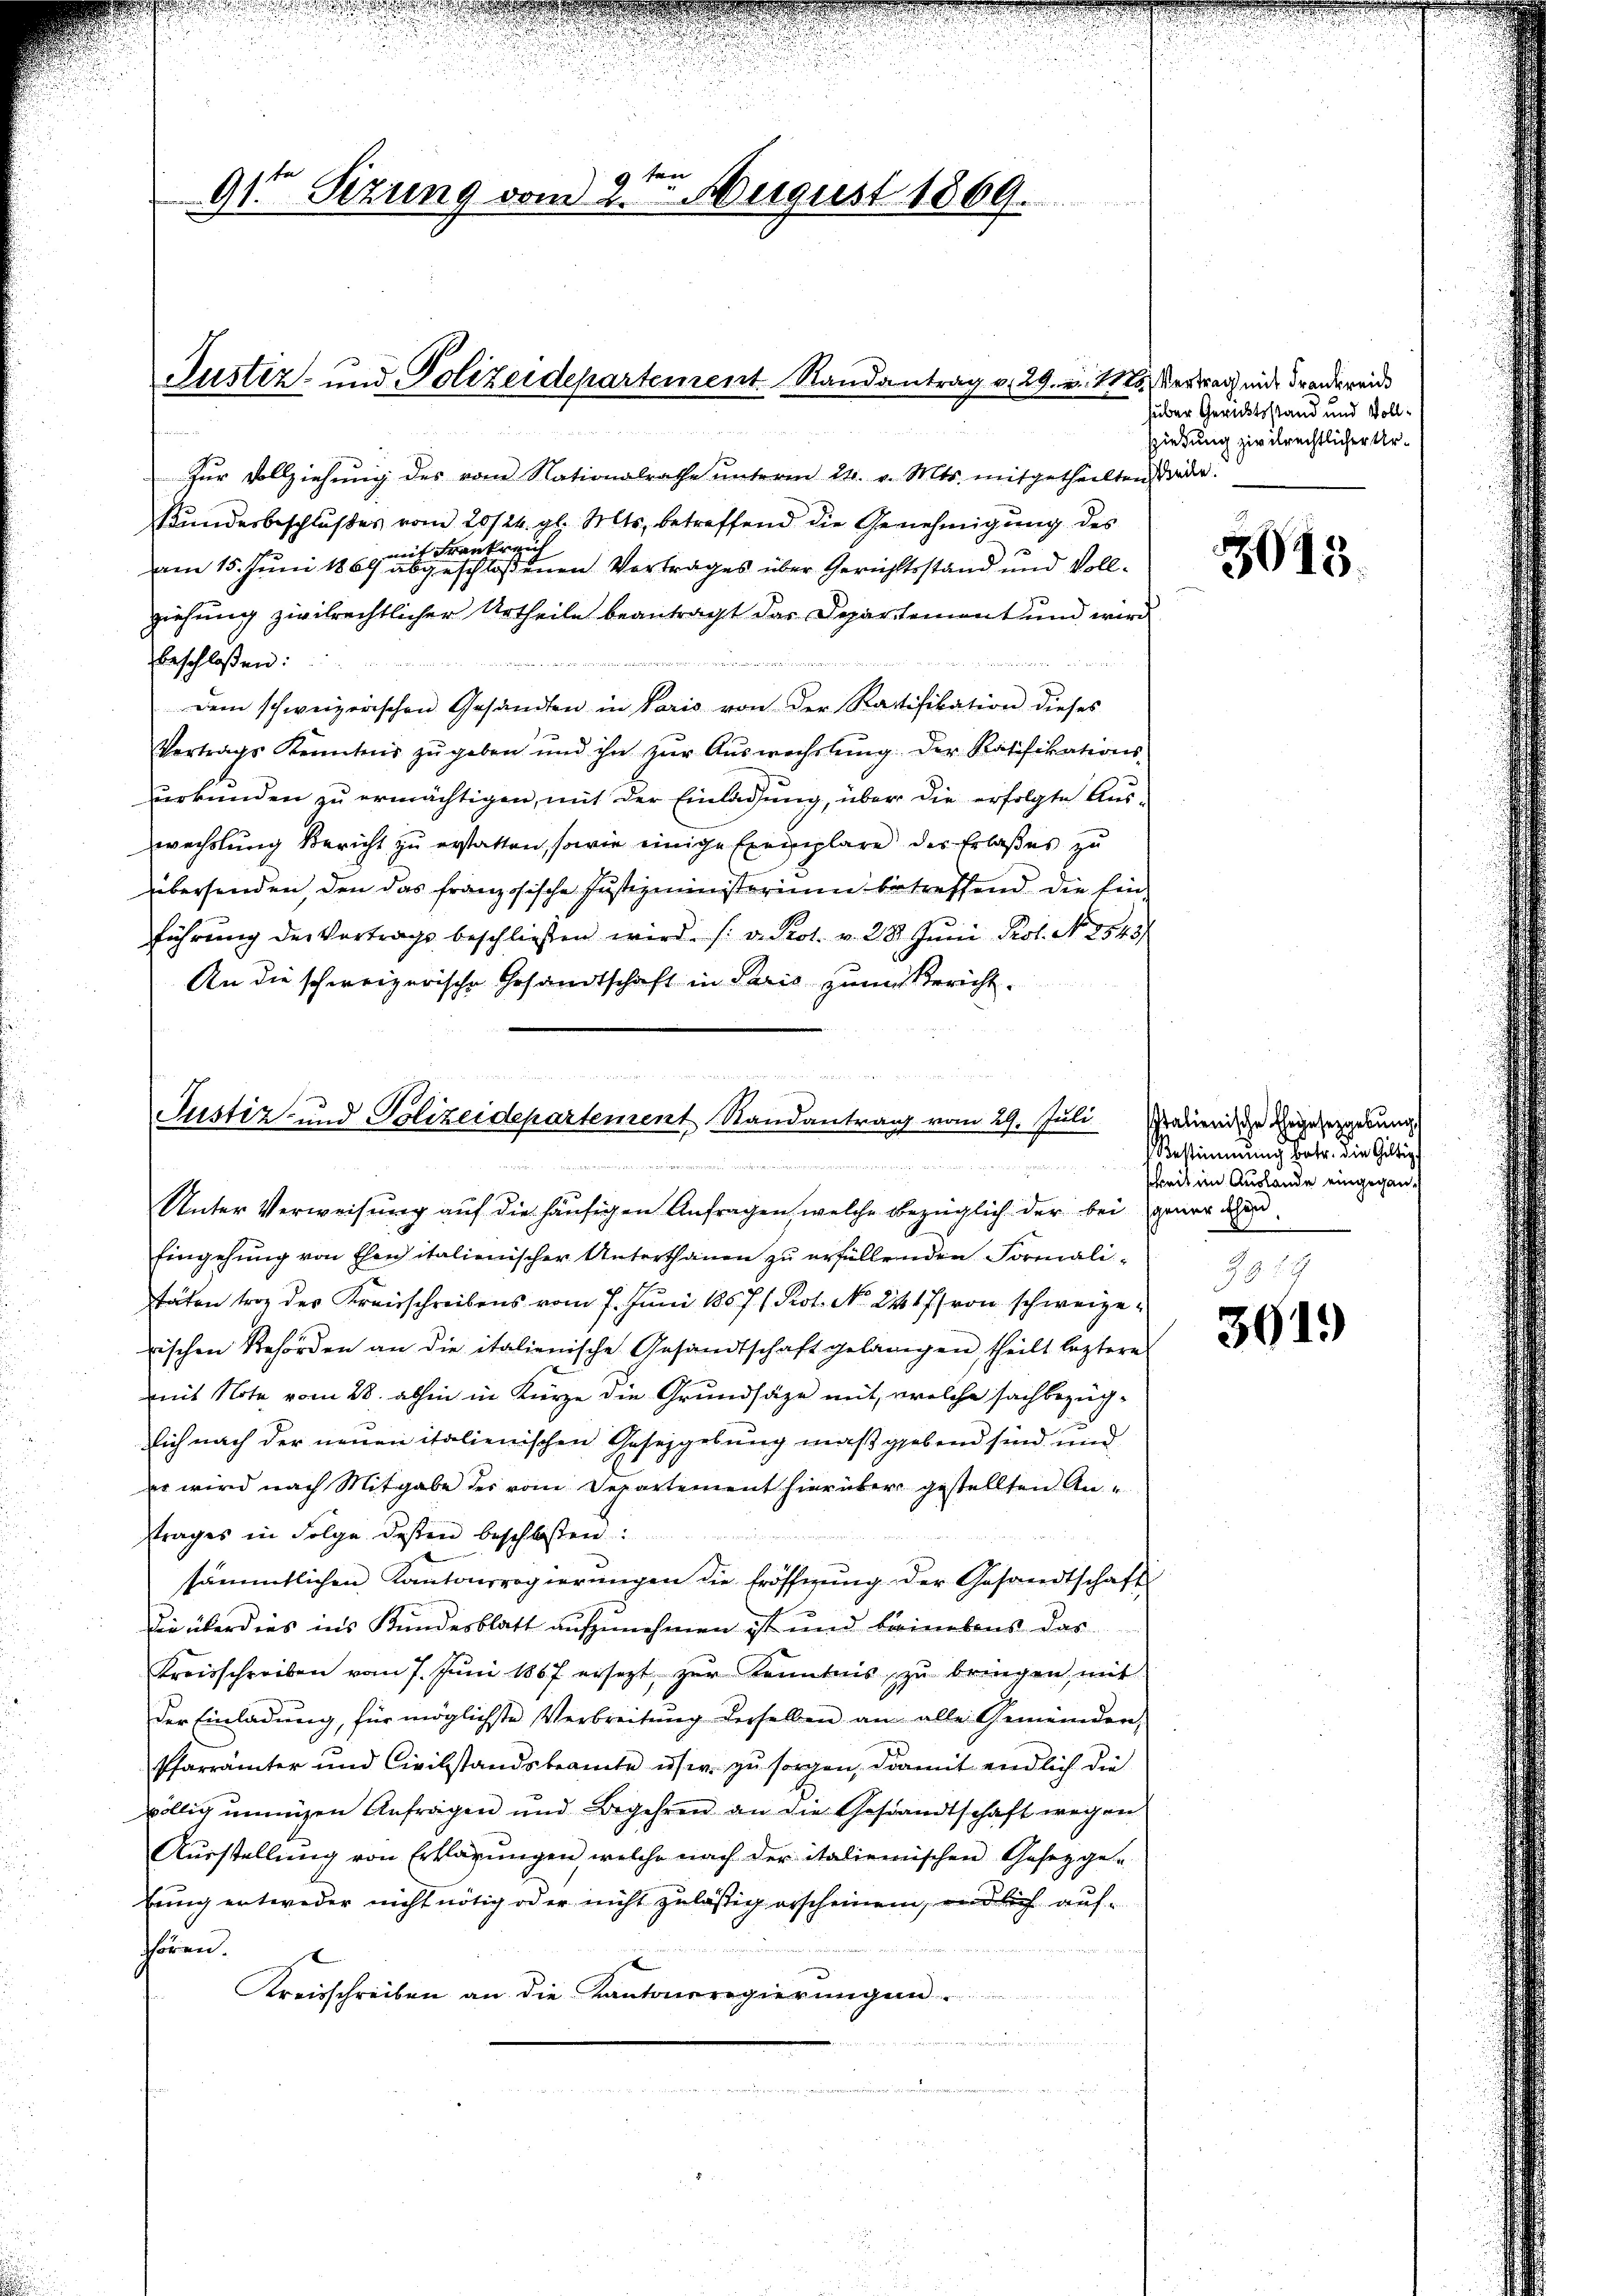
9ten
dte Sizung vom 2. August 1869.

Justiz- und Polizeidepartement Randantrag v. 29. v. 115, Vertrag mit drandereide

Zŭr Vollziehŭng des vom Nationalrathe ŭnterm 24. v. Mts. mitgetheilten Bäder.
Kundesbeschlußes vom 20/24. gl. Mts. betreffend die Genehmigung des
mit Frankreich
am 15. Juni 1869 abgeschlossenen Vortrages über Gerichtsstand und Vollziehung zivilrechtlicher Urtheile beantragt das Departement und wird
beschloßen:
 inden
teriet die
dem schweizerischen Gesandten in Paris von der Ratifikation dieses
Vortrags Kenntnis zŭgeben und ihn zŭr Aŭswechslung der Ratifikations-
urkunden zu ermächtigen, mit der Einladung, über die erfolgte Auswechslung Bericht zu erstatten, sowie einige Exemplare des Erlaßes zu
übersenden, den das französische Justizministerium betreffend die Einführung der Vortrags beschließen wird. (: v. Prot. v. 28. Jŭni Prot. N. 2543
An die schweizerische Gesandtschaft in Paris zum Bericht.

Justiz- und Polizeidepartement Randantrag vom 29. Juli
m
Unter Verweisung auf die häufigen Anfragen, welche bezüglich der bei gener de

Eingehung von Ehen italienischer Unterthanen zu erfüllenden Formalistäten trag des Kreisschreibens vom 7. Juni 1867 (Pot. No. 2417/ von schweizerischen Behörden an die italienische Gesandtschaft gelangen, theilt leztere
mit Note vom 28. abhin in Kürze die Grundsäze mit, welche sachbezügsich nach der neuen italienischen Gesezgebung maßgebend sind und
er wird nach Mitgabe des vom Departement hierüber gestellten Anstrages in Folge dessen beschlossen:
sämmtlichen Kantonsregierungen die Eröffnung der Gesandtschaft
Die überdies ins Kundesblatt aufzunehmen ist und bainebens das
Kreisschreiben vom 7. Jŭni 1867 ersetzt zŭr Kenntnis zŭ bringen, mit
der Einladŭng, für möglichste Verbreitŭng derselben am alle Gemeinden
Pfarrämter und Civilstandsbeamte usw. zu sorgen, damit endlich die
völlig ungen Anfragen und Begehren an die Gesandtschaft wegen
Aŭsstellŭng von Erklärŭngen, welche nach der italienischen Gesetzge-
tung entweder nicht nötig oder nicht zulässig erscheinen, endlich aufhhören.
t
Kreisschreiben an die Kantoneregierungen

huber Gerichtsstand und Voll¬
Hiedung zivilrechtlicher Ur¬

5015.

Italienische Ehegesetzgebung
Bestimmung betr. die Gültig
sheit im Auslande eingegan¬

3619)